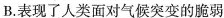
B. 表现了人类面对气候突变的脆弱